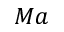
M a